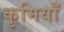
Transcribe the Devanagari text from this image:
कृमियाँ